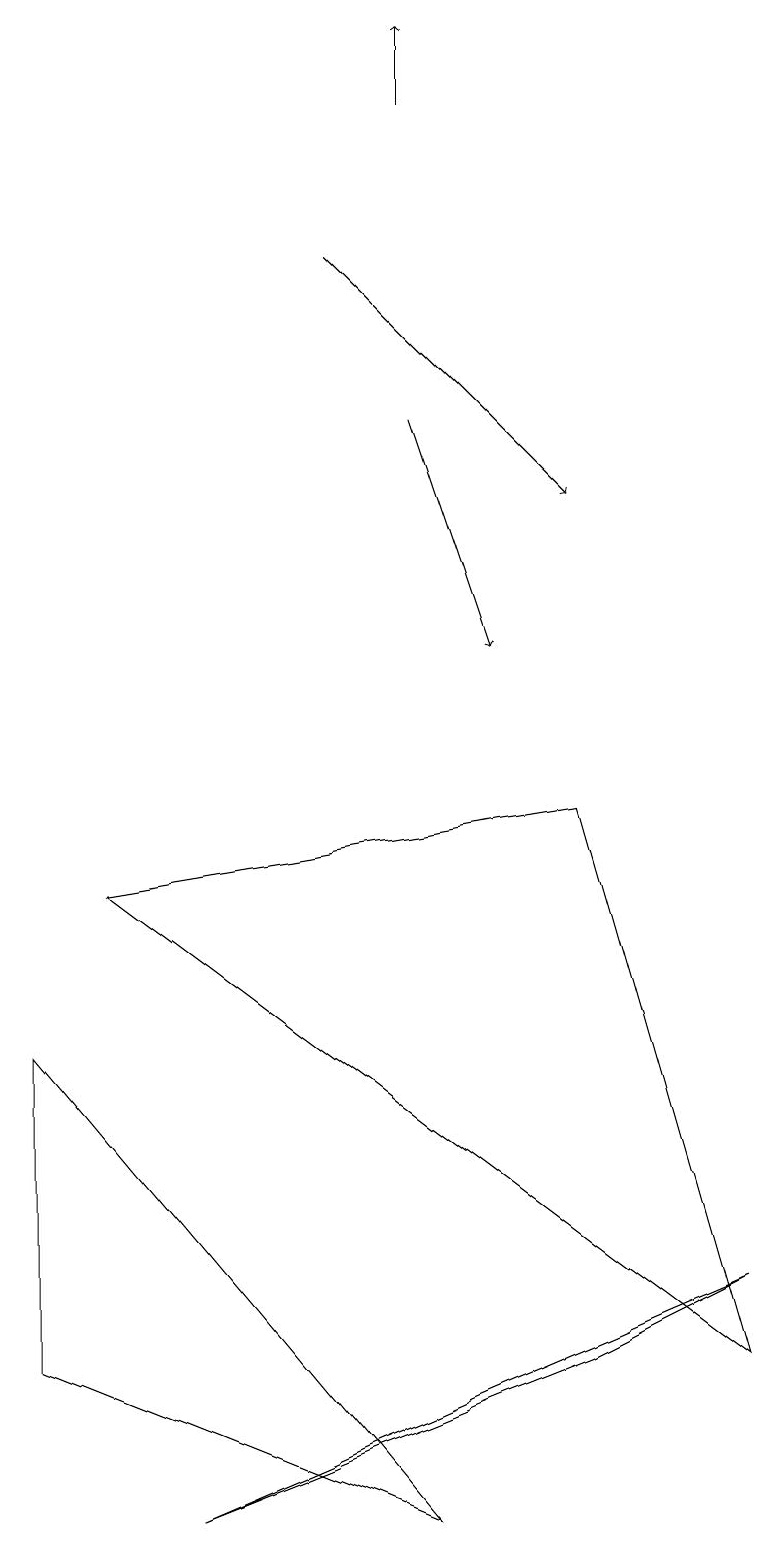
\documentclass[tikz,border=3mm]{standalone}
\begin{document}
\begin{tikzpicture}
\draw (5,0) -- (0,2) -- (0,6) -- cycle;
\draw[->] (4,16) -- (7,13);
\draw (2,0) -- (9,3) -- (7,2) -- cycle;
\draw (1,8) -- (9,2) -- (7,9) -- cycle;
\draw[->] (5,14) -- (6,11);
\draw[->] (5,18) -- (5,19);
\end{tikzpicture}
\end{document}